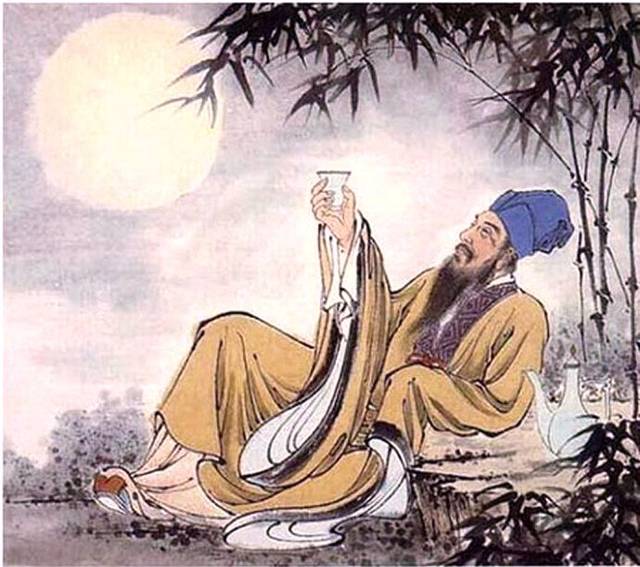
中年亲友难别，丝竹缓离愁。